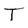
Character: T